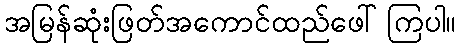
အမြန်ဆုံးဖြတ်အကောင်ထည်ဖေါ်ကြပါ။